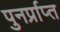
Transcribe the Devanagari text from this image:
पुनर्प्राप्‍त